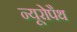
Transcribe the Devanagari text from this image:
न्यूरोपैथ